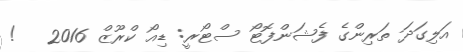
އަލިގަދަ ތަރިންގެ ފެޝަންފޮޓޯ ސްޓޯރީ: ޑިއޯ ކްރޫޒް 2016   !